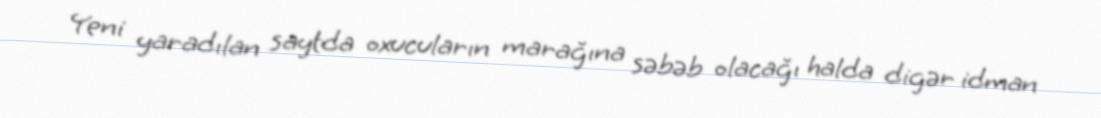
Yeni yaradılan saytda oxucuların marağına səbəb olacağı halda digər idman